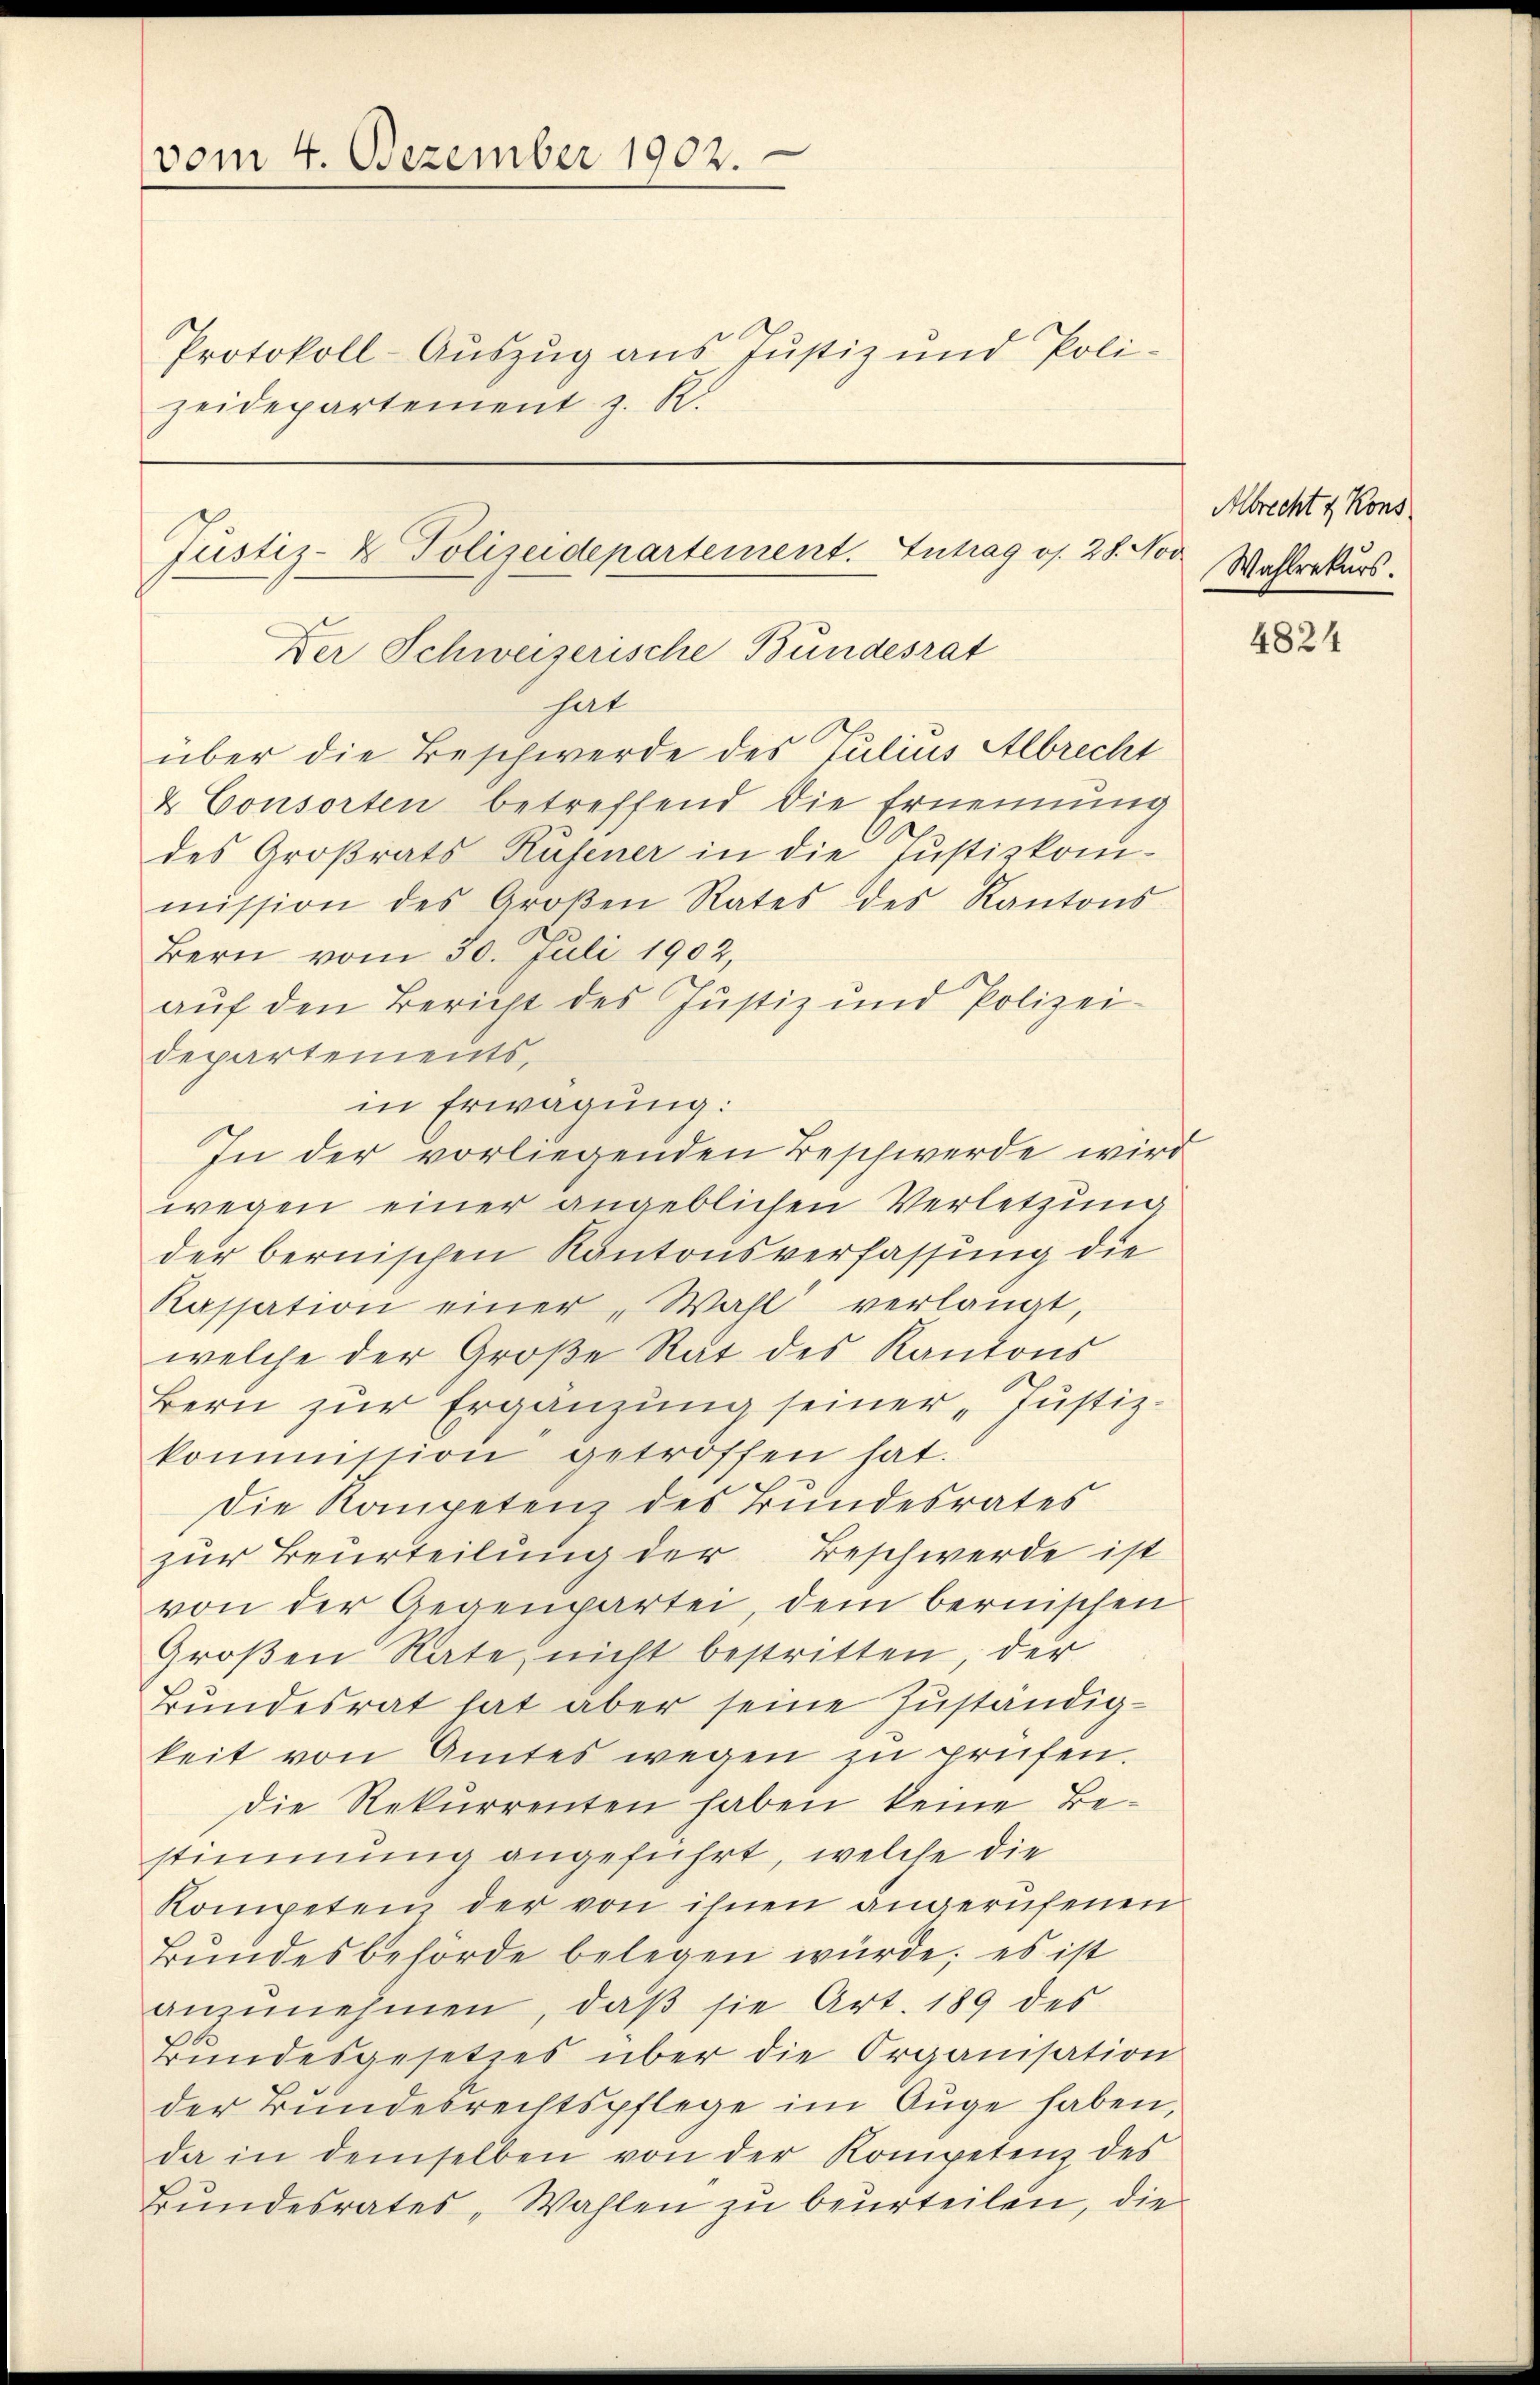
vom 4. Dezember 1902.

Protokoll-Auszug aus Justiz und Poli-
zeidepartement z. R.

Justiz- & Polizeidepartement. Intrag os. 28. Nov
Der Schweizerische Bundesrat
hat
über die Beschwerde des Julius Albrecht

& Consorten betreffend die Ernennung
des Großrats Rufener in die Justizkommission des Groβen Rates des Kantons
Bern vom 30. Juli 1902,
aŭf den Bericht des Justiz und Polizei-
departements,
in Erwägung:
In der vorliegenden Beschwerde wird
wegen einer angeblichen Verletzung
der bernischen Kantonsverfassung die
Kassation einer „Wahl verlangt,
welche der Große Rat des Kantons
Bern zŭr Ergänzung seiner „Justiz-
kommission getroffen hat.
Die Kompetenz des Bundesrates
zur Beurteilung der Beschwerde ist
von der Gegenpartei, dem bernischen
Großen Rate nicht bestritten, der
Bundesrat hat aber seine Zuständigkeit von Amtes wegen zu prüfen.
Die Rekurrenten haben keine Bestimmung angeführt, welche die
Kompeten der von ihnen angerufenen
Bŭndesbehörde belegen würde; es ist
anzunehmen, daß sie Art. 189 des
Bundesgesetzes über die Organisation
der Bundesrechtspflege im Auge haben,
da in demselben von der Kompetenz des
Bundesrates Wahlen zu beurteilen, die

Albrecht & Kons.
Wahlrekurs.

4824